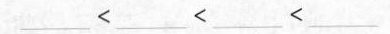
___< ___< ___< ___